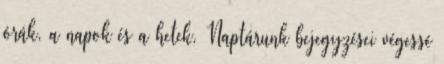
órák, a napok és a hetek. Naptárunk bejegyzései végessé